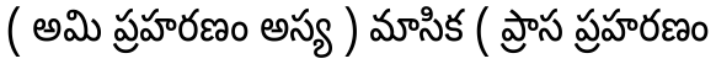
( అమి ప్రహరణం అస్య ) మాసిక ( ప్రాస ప్రహరణం